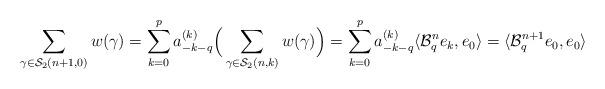
LaTeX: \begin{align*}\sum_{\gamma\in\mathcal{S}_{2}(n+1,0)}w(\gamma)=\sum_{k=0}^{p}a_{-k-q}^{(k)}\Big(\sum_{\gamma\in\mathcal{S}_{2}(n,k)} w(\gamma)\Big)=\sum_{k=0}^{p}a_{-k-q}^{(k)}\langle\mathcal{B}_{q}^{n}e_{k},e_{0}\rangle=\langle\mathcal{B}_{q}^{n+1}e_{0},e_{0}\rangle\end{align*}